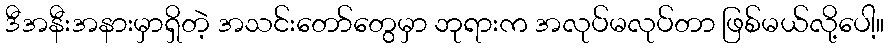
ဒီအနီးအနားမှာရှိတဲ့ အသင်းတော်တွေမှာ ဘုရားက အလုပ်မလုပ်တာ ဖြစ်မယ်လို့ပေါ့။